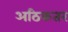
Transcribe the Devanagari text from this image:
अठिकतर